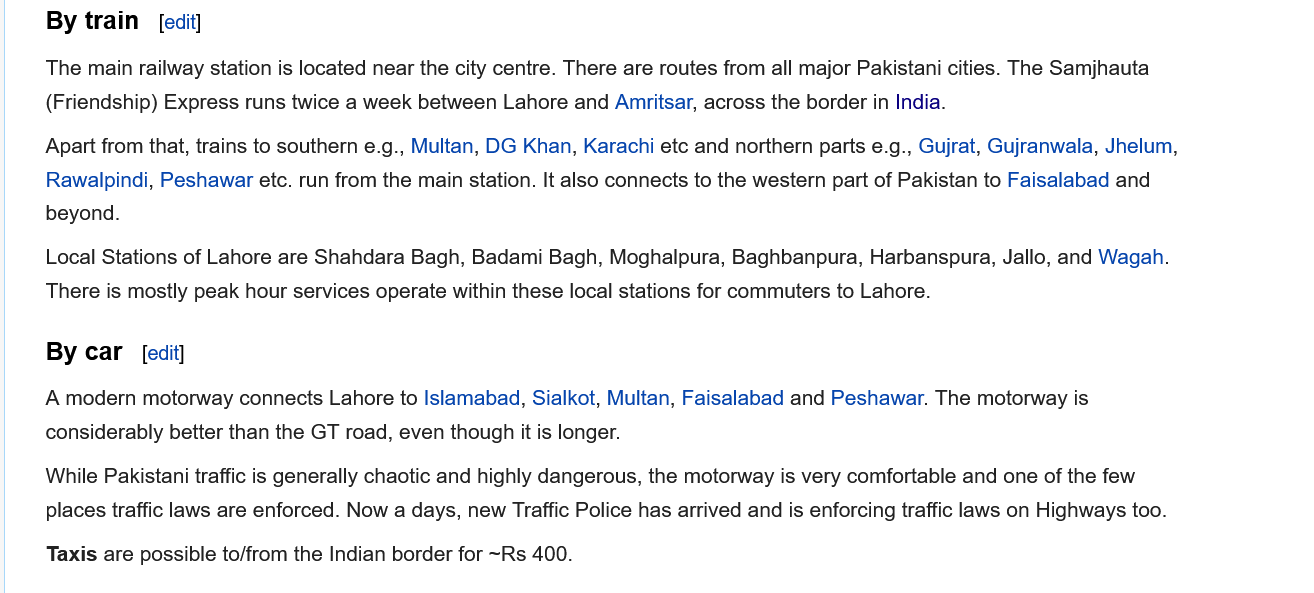
By train
     By car
     The main railway station is located near the city centre. There are routes from all major Pakistani cities. The Samjhauta
     (Friendship) Express runs twice a week between Lahore and Amritsar, across the border in India.
     Apart from that, trains to southern e.g., Multan, DG Khan, Karachi ete and northern parts e.g., Gujrat, Gujranwala, Jhelum,
     Rawalpindi, Peshawar etc. run from the main station. It also connects to the western part of Pakistan to Faisalabad and
     beyond.
     Local Stations of Lahore are Shahdara Bagh, Badami Bagh, Moghalpura, Baghbanpura, Harbanspura, Jallo, and Wagah.
     There is mostly peak hour services operate within these local stations for commuters to Lahore.
     A modern motorway connects Lahore to Islamabad, Sialkot, Multan, Faisalabad and Peshawar. The motorway is
     considerably better than the GT road, even though it is longer.
     While Pakistani traffic is generally chaotic and highly dangerous, the motorway is very comfortable and one of the few
     places traffic laws are enforced. Now a days, new Traffic Police has arrived and is enforcing traffic laws on Highways too.
     Taxis are possible to/from the Indian border for ~Rs 400.
     [edit]
     [edit]